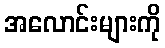
အလောင်းများကို